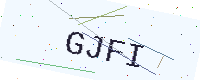
Text: GJFI